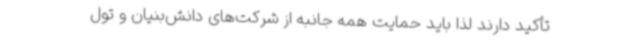
تأکید دارند لذا باید حمایت همه جانبه از شرکت‌های دانش‌بنیان و تول